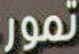
تمور